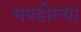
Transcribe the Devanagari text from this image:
मण्डोल्या